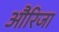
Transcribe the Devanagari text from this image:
औरिजा